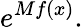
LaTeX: e^{Mf(x)}.